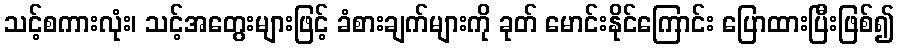
သင့်စကားလုံး၊ သင့်အတွေးများဖြင့် ခံစားချက်များကို ခုတ် မောင်းနိုင်ကြောင်း ပြောထားပြီးဖြစ်၍